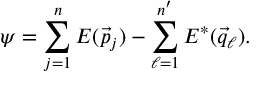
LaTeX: \psi = \sum _ { j = 1 } ^ { n } { \cal E } ( \vec { p } _ { j } ) - \sum _ { \ell = 1 } ^ { n ^ { \prime } } { \cal E } ^ { * } ( \vec { q } _ { \ell } ) .